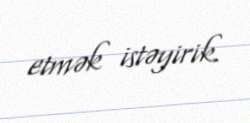
etmək istəyirik.